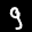
Label: 9